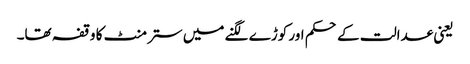
یعنی عدالت کے حکم اور کوڑے لگنے میں ستر منٹ کا وقفہ تھا۔